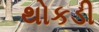
થોકડી